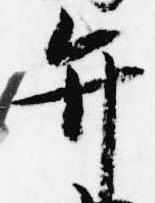
弁